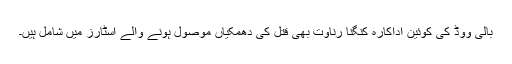
بالی ووڈ کی کوئین اداکارہ کنگنا رناوت بھی قتل کی دھمکیاں موصول ہونے والے اسٹارز میں شامل ہیں۔